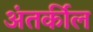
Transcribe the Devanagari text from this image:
अंतर्कील